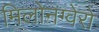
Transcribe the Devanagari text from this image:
मिलोनग्वेरो